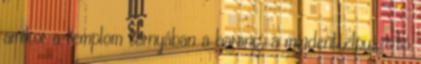
amikor a templom tornyában a harang, a mindent elpusztító